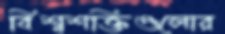
বিশ্বশক্তিগুলোর